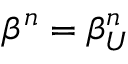
\beta ^ { n } = \beta _ { U } ^ { n }